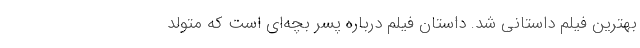
بهترین فیلم داستانی شد. داستان فیلم درباره پسر بچه‌ای است که متولد